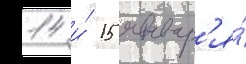
14 и́ 15 январ'я́